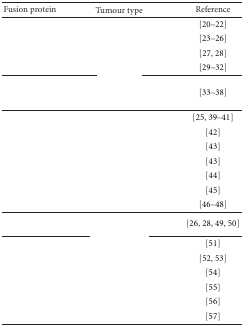
<table><thead><tr><td><b>Fusion protein</b></td><td><b>Tumour type</b></td><td><b>Reference</b></td></tr></thead><tbody><tr><td>[EMPTY_CELL]</td><td>[EMPTY_CELL]</td><td>[20–22]</td></tr><tr><td>[EMPTY_CELL]</td><td>[EMPTY_CELL]</td><td>[23–26]</td></tr><tr><td>[EMPTY_CELL]</td><td>[EMPTY_CELL]</td><td>[27, 28]</td></tr><tr><td>[EMPTY_CELL]</td><td>[EMPTY_CELL]</td><td>[29–32]</td></tr><tr><td>[EMPTY_CELL]</td><td>[EMPTY_CELL]</td><td>[33–38] </td></tr><tr><td>[EMPTY_CELL]</td><td>[EMPTY_CELL]</td><td>[25, 39–41]</td></tr><tr><td>[EMPTY_CELL]</td><td>[EMPTY_CELL]</td><td>[42]</td></tr><tr><td>[EMPTY_CELL]</td><td>[EMPTY_CELL]</td><td>[43]</td></tr><tr><td>[EMPTY_CELL]</td><td>[EMPTY_CELL]</td><td>[43]</td></tr><tr><td>[EMPTY_CELL]</td><td>[EMPTY_CELL]</td><td>[44]</td></tr><tr><td>[EMPTY_CELL]</td><td>[EMPTY_CELL]</td><td>[45]</td></tr><tr><td>[EMPTY_CELL]</td><td>[EMPTY_CELL]</td><td>[46–48] </td></tr><tr><td>[EMPTY_CELL]</td><td>[EMPTY_CELL]</td><td>[26, 28, 49, 50] </td></tr><tr><td>[EMPTY_CELL]</td><td>[EMPTY_CELL]</td><td>[51]</td></tr><tr><td>[EMPTY_CELL]</td><td>[EMPTY_CELL]</td><td>[52, 53]</td></tr><tr><td>[EMPTY_CELL]</td><td>[EMPTY_CELL]</td><td>[54]</td></tr><tr><td>[EMPTY_CELL]</td><td>[EMPTY_CELL]</td><td>[55]</td></tr><tr><td>[EMPTY_CELL]</td><td>[EMPTY_CELL]</td><td>[56]</td></tr><tr><td>[EMPTY_CELL]</td><td>[EMPTY_CELL]</td><td>[57]</td></tr></tbody></table>